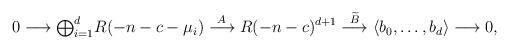
LaTeX: \begin{align*}0 \longrightarrow {\textstyle\bigoplus_{i=1}^d} R(-n-c-\mu_i)\stackrel{A} {\longrightarrow} R(-n-c)^{d+1}\stackrel{\widetilde{B}}{\longrightarrow} \langle b_0,\dots,b_d\rangle\longrightarrow 0, \end{align*}